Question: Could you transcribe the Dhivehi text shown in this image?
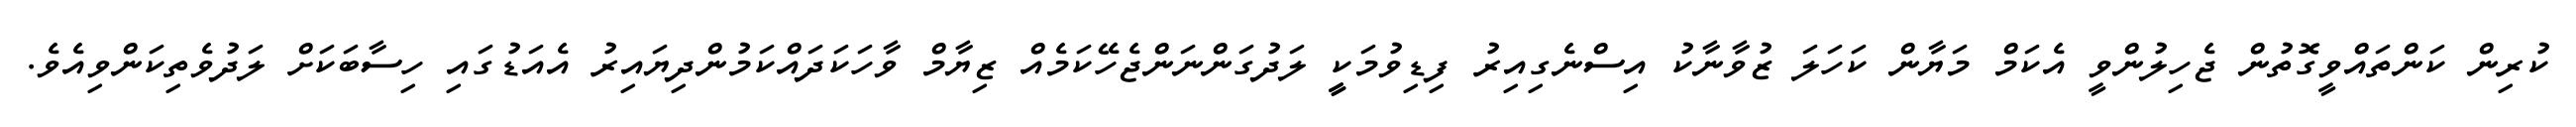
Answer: ކުރިން ކަންތައްވީގޮތުން ޖެހިލުންވީ އެކަމް މަޔާން ކަހަލަ ޒުވާނާކު އިސްނެގިއިރު ފިޑިވުމަކީީ ލަދުގަންނަންޖެހޭކަމެއް ޒިޔާމް ވާހަކަދައްކަމުންދިޔައިރު އެއަޑުގައި ހިސާބަކަށް ލަދުވެތިކަންވިއެވެ.